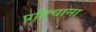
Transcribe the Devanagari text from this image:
पहिचाना